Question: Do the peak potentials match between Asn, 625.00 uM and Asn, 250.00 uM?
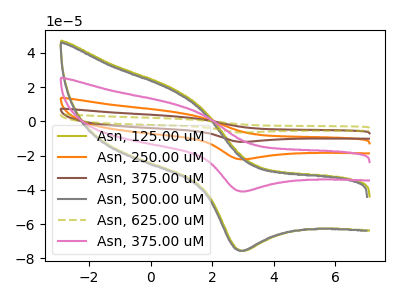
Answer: <think>The olive curve "Asn, 125.00 uM" has an anodic peak at (0.80V, 18.50uA) and a cathodic peak at (3.00V, -75.55uA). The orange curve "Asn, 250.00 uM" has an anodic peak at (0.80V, 20.05uA) and a cathodic peak at (3.00V, -81.85uA). The brown curve "Asn, 375.00 uM" has an anodic peak at (0.80V, 30.05uA) and a cathodic peak at (3.00V, -122.75uA). The gray curve "Asn, 500.00 uM" has an anodic peak at (0.75V, 17.75uA) and a cathodic peak at (2.95V, -75.55uA). The olive dashed curve "Asn, 625.00 uM" has an anodic peak at (0.80V, 40.05uA) and a cathodic peak at (3.00V, -163.65uA). The pink curve "Asn, 375.00 uM" has an anodic peak at (0.80V, 10.00uA) and a cathodic peak at (3.00V, -40.90uA).</think>
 <answer>Yes, "Asn, 625.00 uM" have a peak in "Asn, 250.00 uM" at the same potential.</answer>
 <eval>match</eval>